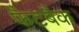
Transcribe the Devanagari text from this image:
फैटबैक